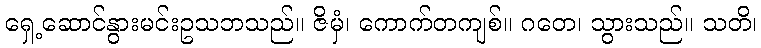
ရှေ့ဆောင်နွားမင်းဥသဘသည်။ ဇိမှံ၊ ကောက်တကျစ်။ ဂတေ၊ သွားသည်။ သတိ၊